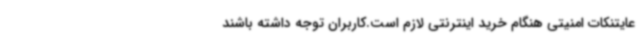
عایتنکات امنیتی هنگام خرید اینترنتی لازم است.کاربران توجه داشته باشند